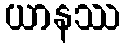
ယာနဿ